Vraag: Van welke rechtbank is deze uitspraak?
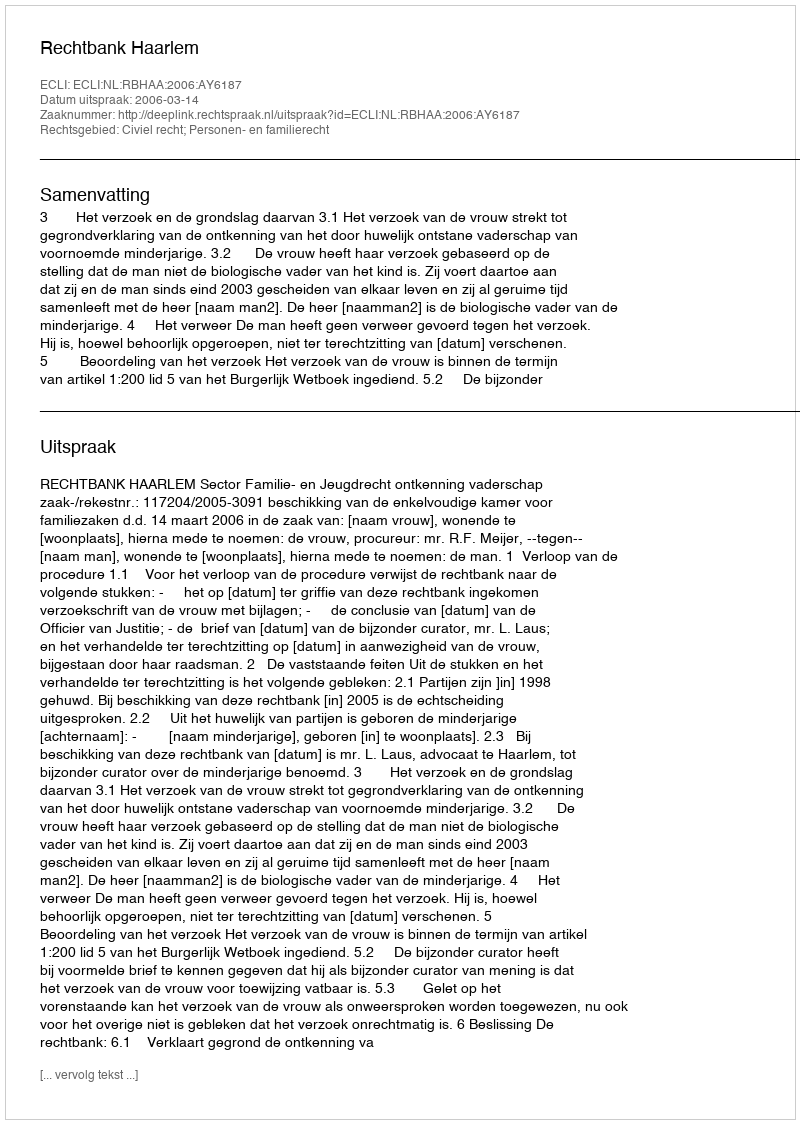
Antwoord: Rechtbank Haarlem